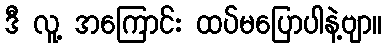
ဒီ လူ့ အကြောင်း ထပ်မပြောပါနဲ့ဗျာ။